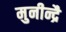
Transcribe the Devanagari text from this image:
मुनीन्द्रै